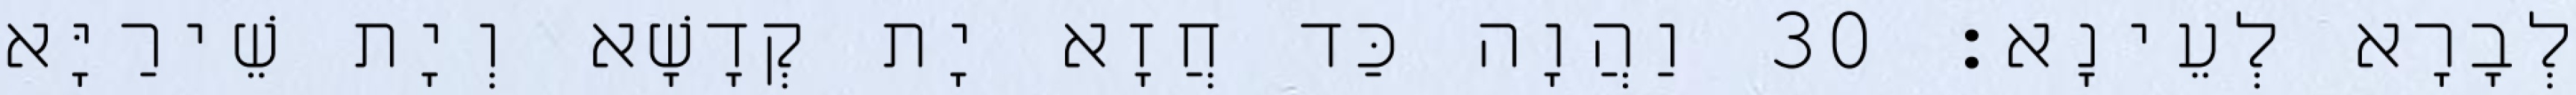
לְבָרָא לְעֵינָא׃ 30 וַהֲוָה כַּד חֲזָא יָת קְדָשָׁא וְיָת שֵׁירַיָּא